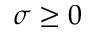
\sigma \geq 0